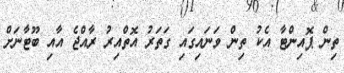
ތިން ޕޮއިންޓާ އެކު ތިން ވަނައިގައި ގަތަރު އޮތްއިރު ރާއްޖެ އާއި ބޫޓާނަށް